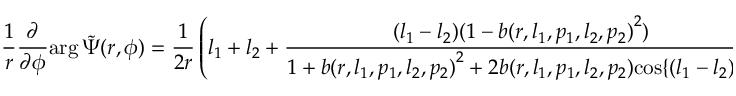
\frac { 1 } { r } \frac { \partial } { \partial { \phi } } { \arg { \Tilde { \Psi } ( r , \phi ) } } = \frac { 1 } { 2 r } \left( l _ { 1 } + l _ { 2 } + \frac { ( l _ { 1 } - l _ { 2 } ) ( 1 - { b ( r , l _ { 1 } , p _ { 1 } , l _ { 2 } , p _ { 2 } ) } ^ { 2 } ) } { 1 + { b ( r , l _ { 1 } , p _ { 1 } , l _ { 2 } , p _ { 2 } ) } ^ { 2 } + 2 { b ( r , l _ { 1 } , p _ { 1 } , l _ { 2 } , p _ { 2 } ) } { \cos \{ ( l _ { 1 } - l _ { 2 } ) \phi \} } } \right) ,